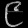
Digit: ၉